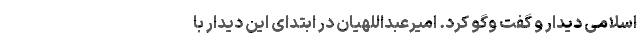
اسلامی دیدار و گفت وگو کرد. امیرعبداللهیان در ابتدای این دیدار با